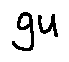
g u